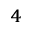
^ 4